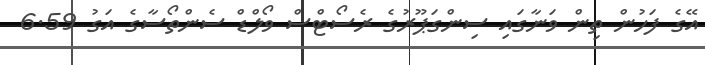
އޭގެ ފަހުން ތިން ވަނާގައި ސިންގަޕޫރުގެ ރެސޯޓްސް ވޯލްޑް ސެންތޯސާގެ އަގު 6.59